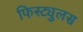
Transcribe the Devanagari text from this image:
फिस्ट्युलस